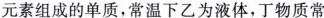
元素组成的单质，常温下乙为液体，丁物质常